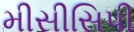
મીસીસિપી